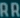
ARRR